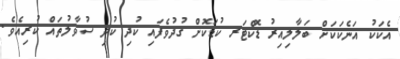
އެކަކު އަނެކަކަށް ބަލާލިއިރު ޑޮކްޓަރ ކުޑަކޮށް ގުދުވެފައި ކުދި ކުދި ސުވާލުތައް ކުރިއެވެ.